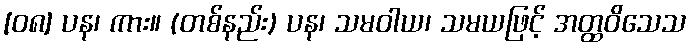
[၀၈] ပန၊ ကား။ (တစ်နည်း) ပန၊ သမဝါယ၊ သမယဖြင့် အတ္ထဝိသေသ